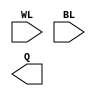
(* blackbox *) module rram_28(
	input WL,
    input [0:27] BL,
    output [0:27] Q
);
endmodule